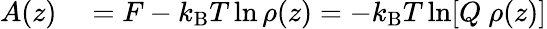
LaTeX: \begin{array}{rl}{A(z)}&{{}=F-k_{\mathrm{B}}T\ln\rho(z)=-k_{\mathrm{B}}T\ln[Q\ \rho(z)]}\end{array}